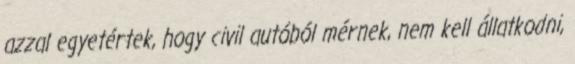
azzal egyetértek, hogy civil autóból mérnek, nem kell állatkodni,